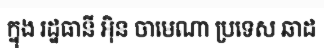
ក្នុង រដ្ឋធានី អ៊ិន ចាមេណា ប្រទេស ឆាដ